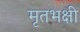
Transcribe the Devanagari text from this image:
मृतभक्षी